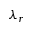
\lambda _ { r }